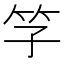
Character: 𥫞